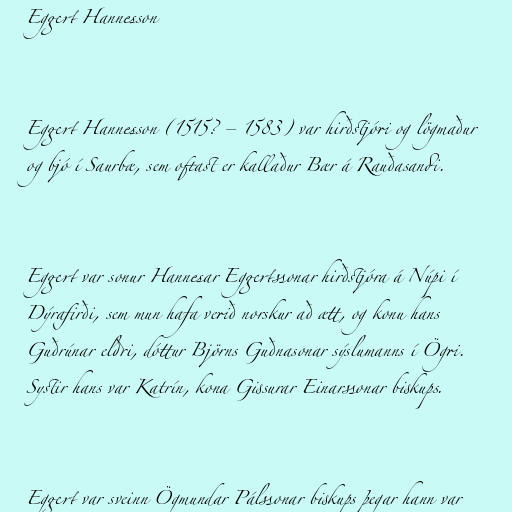
Eggert Hannesson

Eggert Hannesson (1515? – 1583) var hirðstjóri og lögmaður
og bjó í Saurbæ, sem oftast er kallaður Bær á Rauðasandi.

Eggert var sonur Hannesar Eggertssonar hirðstjóra á Núpi í
Dýrafirði, sem mun hafa verið norskur að ætt, og konu hans
Guðrúnar eldri, dóttur Björns Guðnasonar sýslumanns í Ögri.
Systir hans var Katrín, kona Gissurar Einarssonar biskups.

Eggert var sveinn Ögmundar Pálssonar biskups þegar hann var